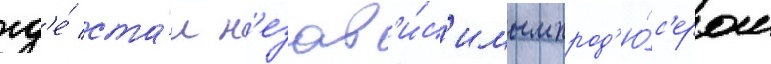
гд'е́ ста́л н'езав'и́с'имым прод'ю́с'ером